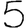
Digit: 5